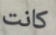
كانت